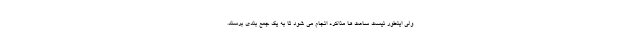
ولی اینطور نیست ساعت ها مذاکره انجام می شود تا به یک جمع بندی برسند.